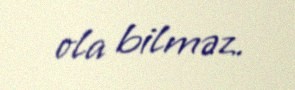
ola bilməz.